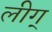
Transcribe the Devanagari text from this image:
लीग्